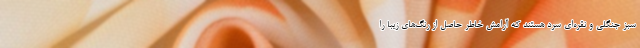
سبز جنگلی و نقره‌ای سرد هستند که آرامش خاطر حاصل از رنگ‌های زیبا را